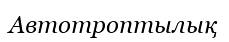
Автотроптылық